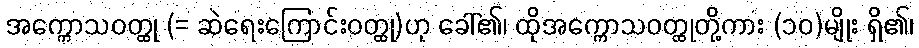
အက္ကောသဝတ္ထု (= ဆဲရေးကြောင်းဝတ္ထု)ဟု ခေါ်၏၊ ထိုအက္ကောသဝတ္ထုတို့ကား (၁၀)မျိုး ရှိ၏၊